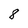
Character: 8